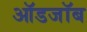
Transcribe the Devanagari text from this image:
ऑडजॉब